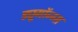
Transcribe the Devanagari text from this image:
ड्यूगॉन्ग्स